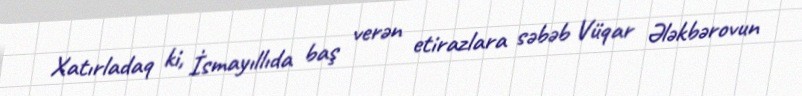
Xatırladaq ki, İsmayıllıda baş verən etirazlara səbəb Vüqar Ələkbərovun